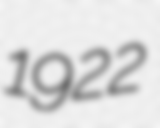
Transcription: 1922